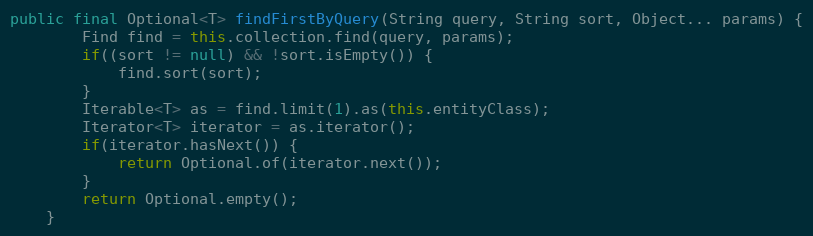
Language: Java
public final Optional<T> findFirstByQuery(String query, String sort, Object... params) {
        Find find = this.collection.find(query, params);
        if((sort != null) && !sort.isEmpty()) {
            find.sort(sort);
        }
        Iterable<T> as = find.limit(1).as(this.entityClass);
        Iterator<T> iterator = as.iterator();
        if(iterator.hasNext()) {
            return Optional.of(iterator.next());
        }
        return Optional.empty();
    }